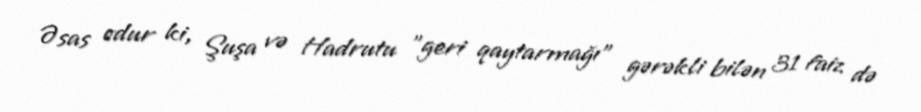
Əsas odur ki, Şuşa və Hadrutu "geri qaytarmağı" gərəkli bilən 31 faiz də